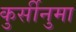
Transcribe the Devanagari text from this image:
कुर्सीनुमा